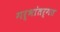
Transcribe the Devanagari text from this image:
गर्भांतर्गत